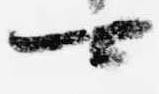
可